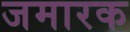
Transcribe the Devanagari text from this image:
जमारक